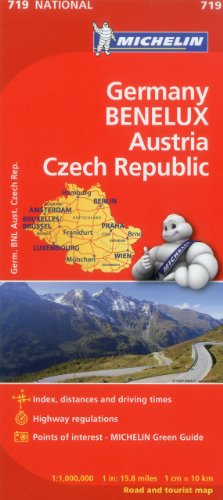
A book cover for Michelin Germany Austria Benelux Czech Republic Map 719 (Maps/Country (Michelin)); Michelin Travel & Lifestyle; Travel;